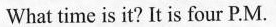
What time is it? It is four P.M.